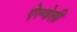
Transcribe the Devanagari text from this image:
ऐल्वेली